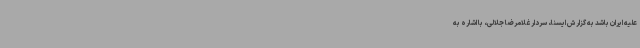
علیه ایران باشد به گزارش ایسنا، سردار غلامرضا جلالی، با اشاره به